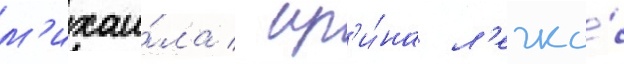
м'ихаи́ла / ир'и́на л'егко́